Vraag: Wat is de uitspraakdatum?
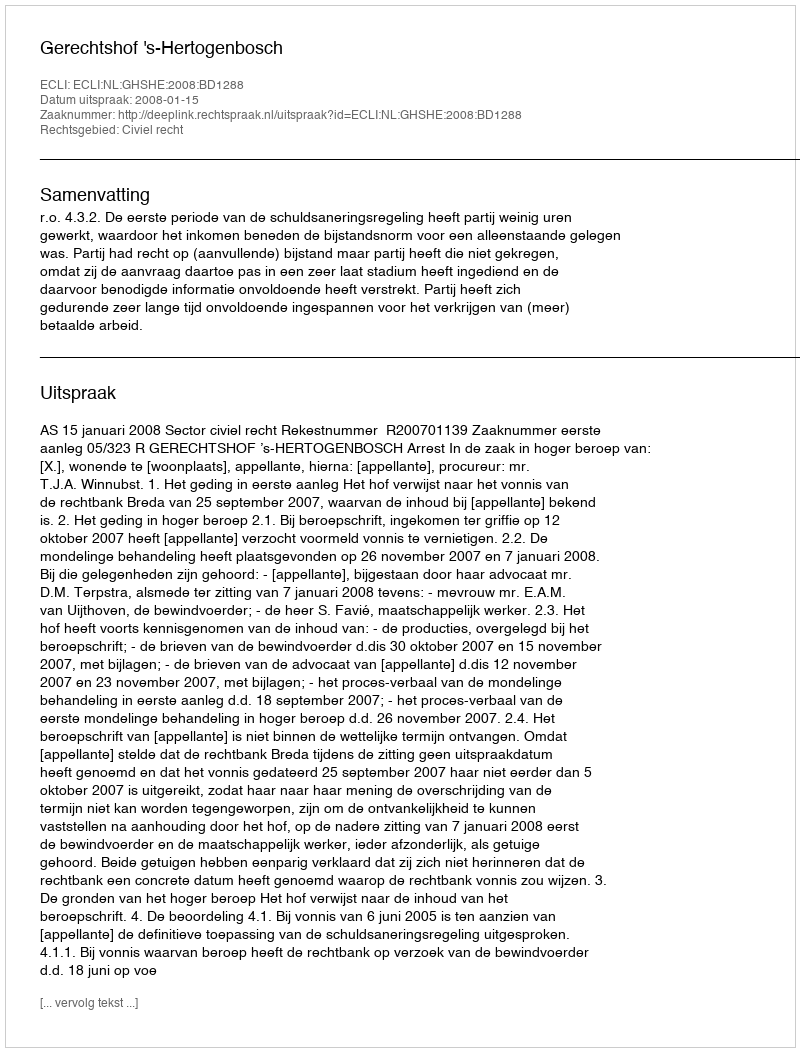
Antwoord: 2008-01-15